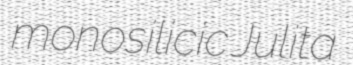
monosilicic Julita